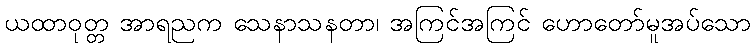
ယထာဝုတ္တ အာရညက သေနာသနတာ၊ အကြင်အကြင် ဟောတော်မူအပ်သော